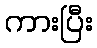
ကားပြီး